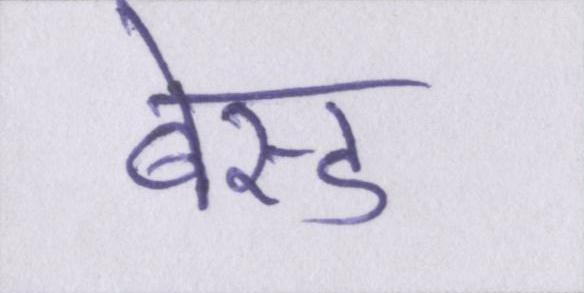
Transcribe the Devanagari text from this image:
बेस्ड